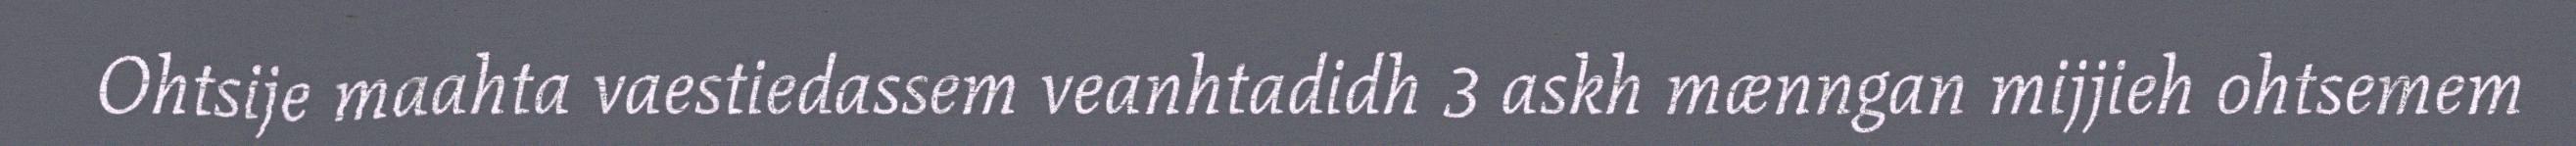
Ohtsije maahta vaestiedassem veanhtadidh 3 askh mænngan mijjieh ohtsemem